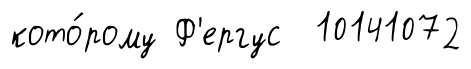
кото́рому Ф'ергус 10141072